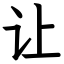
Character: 让